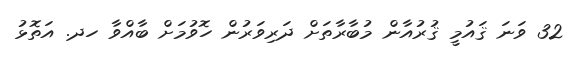
32 ވަނަ ޤައުމީ ޤުރުއާން މުބާރާތަށް ދަރިވަރުން ހޮވުމަށް ބާއްވާ ހދ. އަތޮޅު